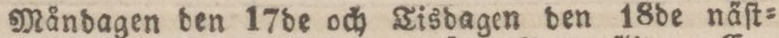
Måndagen den 17de och Tisdagen den 18de näſt=